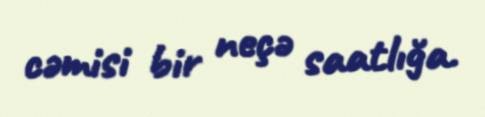
cəmisi bir neçə saatlığa.